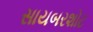
સાયબરશોટ